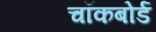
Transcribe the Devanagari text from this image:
चॉकबोर्ड